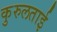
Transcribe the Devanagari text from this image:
कुरुलताई